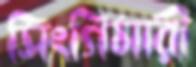
সিংগিমারী